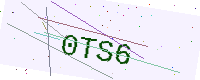
Text: 0TS6